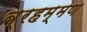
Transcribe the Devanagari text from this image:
ब्रहम्मण